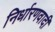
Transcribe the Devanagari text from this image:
निर्धारणवादी